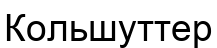
Кольшуттер